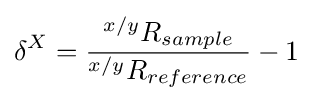
\delta ^{X}={\frac {^{x/y}R_{sample}}{^{x/y}R_{reference}}}-1